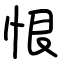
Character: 恨